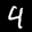
Label: 4